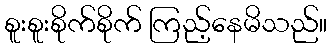
စူးစူးစိုက်စိုက် ကြည့်နေမိသည်။